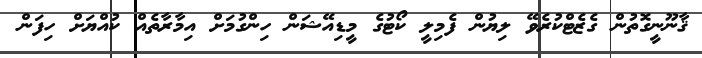
ޤާނޫނީގޮތުން ގެޒެޓްކުރެވޭ ލިޔުން ފެމިލީ ކޯޓުގެ މީޑިއޭޝަން ހިންގުމަށް އިމާރާތެއް ކުއްޔަށް ހިފަން